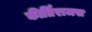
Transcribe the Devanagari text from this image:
कीर्तिराजस